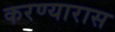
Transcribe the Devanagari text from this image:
करण्यारास